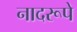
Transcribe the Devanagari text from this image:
नादरूपे